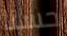
حسنا